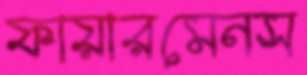
ফায়ারমেনস